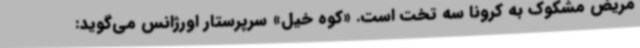
مریض مشکوک به کرونا سه تخت است. «کوه خیل» سرپرستار اورژانس می‌گوید: